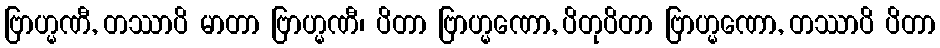
ဗြာဟ္မဏီ, တဿာပိ မာတာ ဗြာဟ္မဏီ၊ ပိတာ ဗြာဟ္မဏော, ပိတုပိတာ ဗြာဟ္မဏော, တဿာပိ ပိတာ